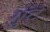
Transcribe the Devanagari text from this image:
गुंट